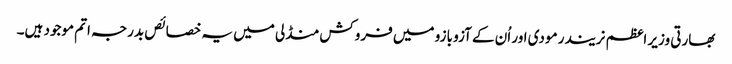
بھارتی وزیر اعظم نریندر مودی اور اُن کے آزو بازو میں فروکش منڈلی میں یہ خصائص بدرجہ اتم موجود ہیں۔